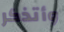
وأتذكر